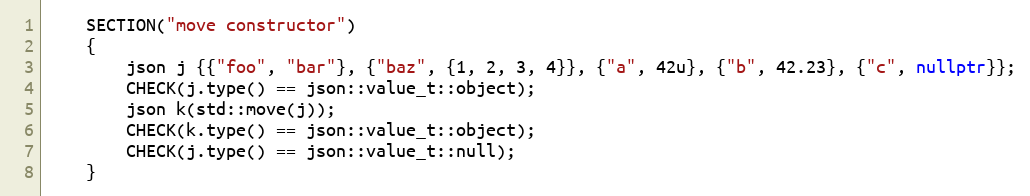
Language: C++
    SECTION("move constructor")
    {
        json j {{"foo", "bar"}, {"baz", {1, 2, 3, 4}}, {"a", 42u}, {"b", 42.23}, {"c", nullptr}};
        CHECK(j.type() == json::value_t::object);
        json k(std::move(j));
        CHECK(k.type() == json::value_t::object);
        CHECK(j.type() == json::value_t::null);
    }